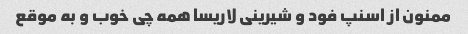
ممنون از اسنپ فود و شیرینی لاریسا همه چی خوب و به موقع